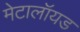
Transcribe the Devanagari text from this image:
मेटालॉयड